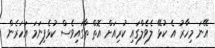
އޭނަ މިހާރު އެ ކުޅޭ ލެވެލްގައި ކުރިއަށް އޮތް ތާގައިވެސް ކުޅެފިނަމަ އަހަރެން